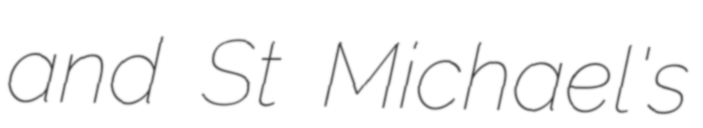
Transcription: and St Michael's